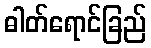
ဓါတ်ရောင်ခြည်